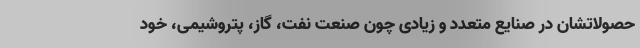
حصولاتشان در صنایع متعدد و زیادی چون صنعت نفت، گاز، پتروشیمی، خود